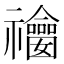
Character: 𥜫